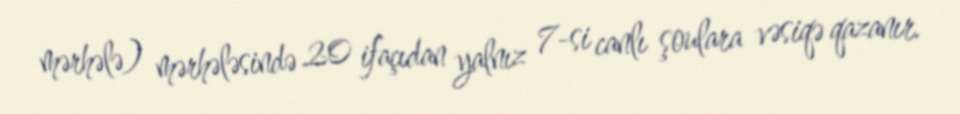
mərhələ) mərhələsində 20 ifaçıdan yalnız 7-si canlı şoulara vəsiqə qazanır.